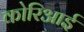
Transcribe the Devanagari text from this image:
कोरिआई